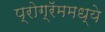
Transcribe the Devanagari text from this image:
प्रोग्रॅममध्ये